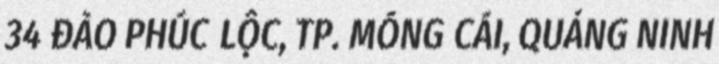
34 ĐÀO PHÚC LỘC, TP. MÓNG CÁI, QUẢNG NINH